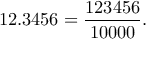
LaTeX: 1 2 . 3 4 5 6 = { \frac { 1 2 3 4 5 6 } { 1 0 0 0 0 } } .